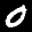
Label: 0